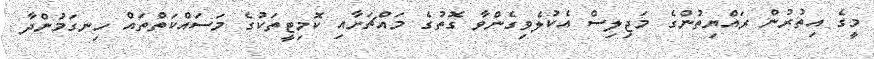
މީގެ އިތުރުން ރައްޔިތުންގެ މަޖިލިސް އެކުލެވިގެންވާ ގޮތުގެ މައްޗަށާއި ކޮމިޓީތަކުގެ މަސައްކަތްތައް ހިނގަމުންދާ